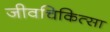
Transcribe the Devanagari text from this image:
जीवचिकित्सा